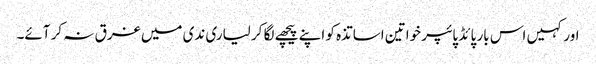
اور کہیں اس بار پائڈ پائپر خواتین اساتذہ کو اپنے پیچھے لگا کر لیاری ندی میں غرق نہ کر آئے۔